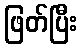
ဖြတ်ပြီး